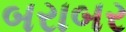
બરાબર